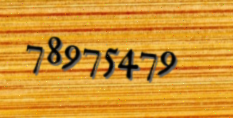
78975479